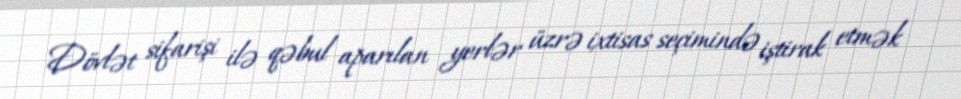
Dövlət sifarişi ilə qəbul aparılan yerlər üzrə ixtisas seçimində iştirak etmək